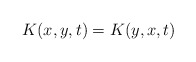
\begin{align*}K(x,y,t)=K(y,x,t)\end{align*}